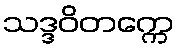
သဒ္ဒဝိတက္ကေ